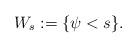
LaTeX: \begin{align*}W_s := \{\psi < s\}.\end{align*}